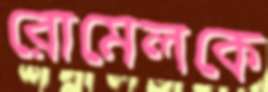
রোমেলকে